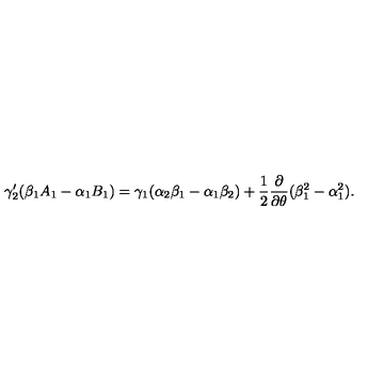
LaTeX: \gamma _ { 2 } ^ { \prime } ( \beta _ { 1 } A _ { 1 } - \alpha _ { 1 } B _ { 1 } ) = \gamma _ { 1 } ( \alpha _ { 2 } \beta _ { 1 } - \alpha _ { 1 } \beta _ { 2 } ) + \frac { 1 } { 2 } \frac { \partial } { \partial \theta } ( \beta _ { 1 } ^ { 2 } - \alpha _ { 1 } ^ { 2 } ) .